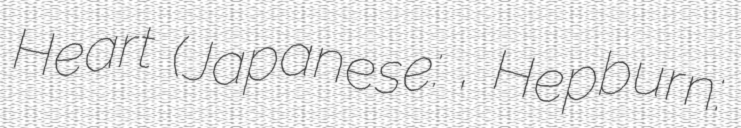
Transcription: Heart (Japanese: 心が叫びたがってるんだ。, Hepburn: